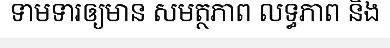
ទាមទារឲ្យមាន សមត្ថភាព លទ្ធភាព និង